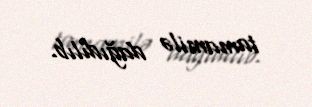
tamamilə dağıdılıb.